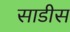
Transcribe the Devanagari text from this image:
साडीस